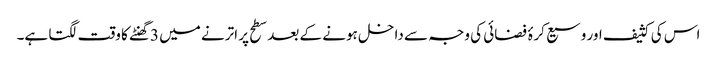
اس کی کثیف اور وسیع کرۂ فضائی کی وجہ سے داخل ہونے کے بعد سطح پر اترنے میں 3گھنٹے کا وقت لگتا ہے۔